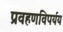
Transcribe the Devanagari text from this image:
प्रवहणविपर्यय